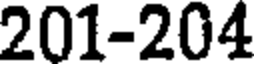
201-204